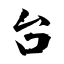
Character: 台